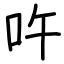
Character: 吘